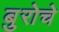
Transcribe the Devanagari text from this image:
बुरोचे